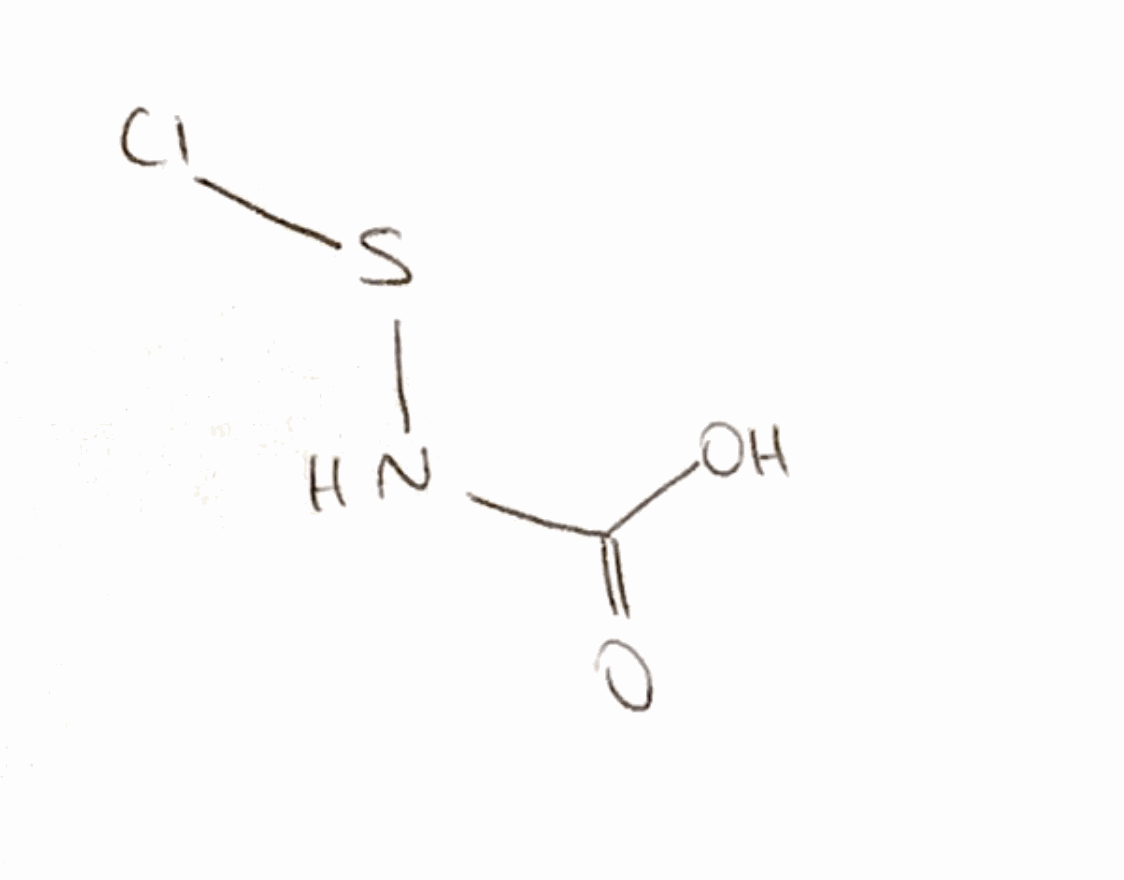
Simplified molecular-input line-entry system (SMILES) notation of the given molecule:
C(=O)(NSCl)O